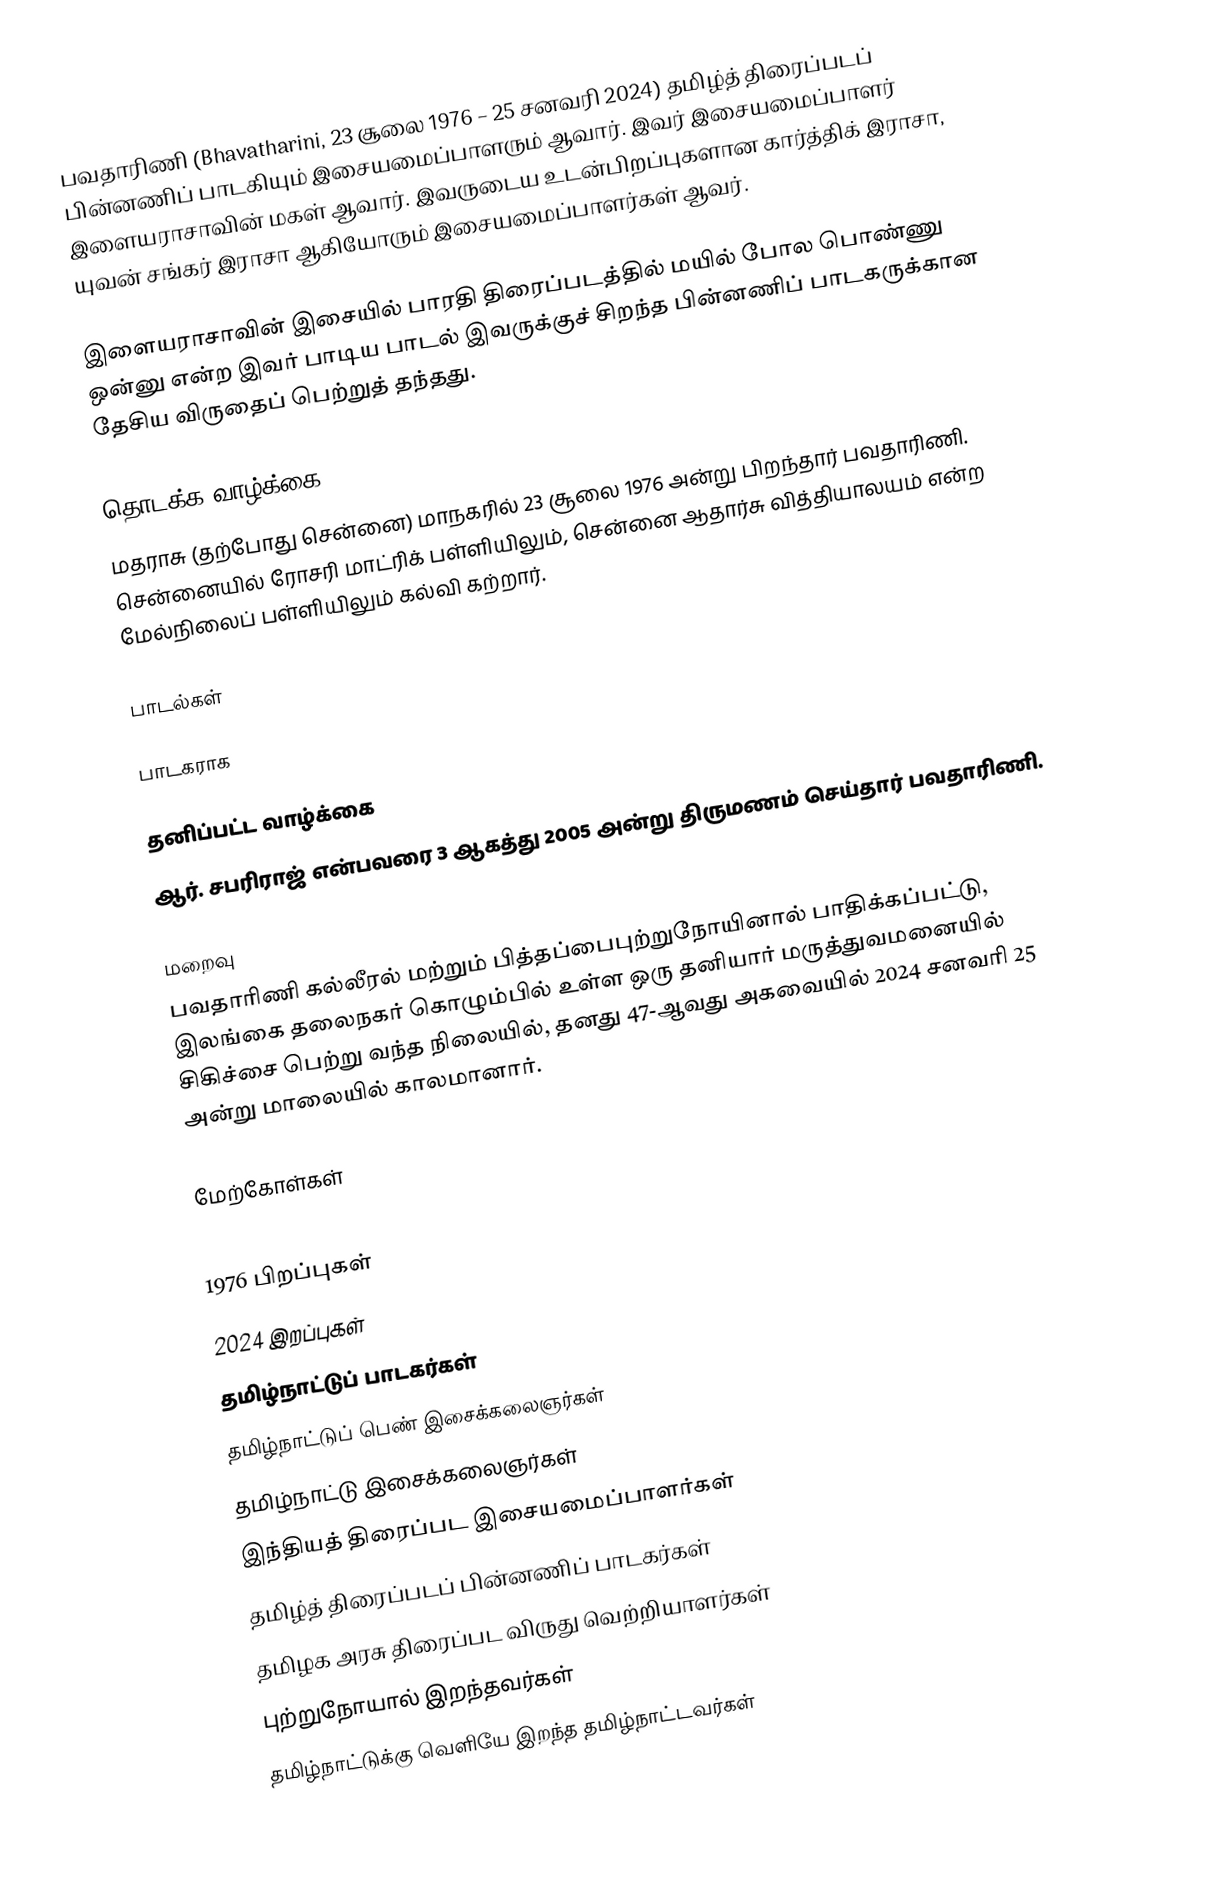
பவதாரிணி (Bhavatharini, 23 சூலை 1976 – 25 சனவரி 2024) தமிழ்த் திரைப்படப் பின்னணிப் பாடகியும் இசையமைப்பாளரும் ஆவார். இவர் இசையமைப்பாளர் இளையராசாவின் மகள் ஆவார். இவருடைய உடன்பிறப்புகளான கார்த்திக் இராசா, யுவன் சங்கர் இராசா ஆகியோரும் இசையமைப்பாளர்கள் ஆவர்.

இளையராசாவின் இசையில் பாரதி திரைப்படத்தில் மயில் போல பொண்ணு ஒன்னு என்ற இவர் பாடிய பாடல் இவருக்குச் சிறந்த பின்னணிப் பாடகருக்கான தேசிய விருதைப் பெற்றுத் தந்தது.

தொடக்க வாழ்க்கை
மதராசு (தற்போது சென்னை) மாநகரில் 23 சூலை 1976 அன்று பிறந்தார் பவதாரிணி. சென்னையில் ரோசரி மாட்ரிக் பள்ளியிலும், சென்னை ஆதார்சு வித்தியாலயம் என்ற மேல்நிலைப் பள்ளியிலும் கல்வி கற்றார்.

பாடல்கள்

பாடகராக

தனிப்பட்ட வாழ்க்கை
ஆர். சபரிராஜ் என்பவரை 3 ஆகத்து 2005 அன்று திருமணம் செய்தார் பவதாரிணி.

மறைவு
பவதாரிணி கல்லீரல் மற்றும் பித்தப்பைபுற்றுநோயினால் பாதிக்கப்பட்டு, இலங்கை தலைநகர் கொழும்பில் உள்ள ஒரு தனியார் மருத்துவமனையில் சிகிச்சை பெற்று வந்த நிலையில், தனது 47-ஆவது அகவையில் 2024 சனவரி 25 அன்று மாலையில்  காலமானார்.

மேற்கோள்கள்

1976 பிறப்புகள்
2024 இறப்புகள்
தமிழ்நாட்டுப் பாடகர்கள்
தமிழ்நாட்டுப் பெண் இசைக்கலைஞர்கள்
தமிழ்நாட்டு இசைக்கலைஞர்கள்
இந்தியத் திரைப்பட இசையமைப்பாளர்கள்
தமிழ்த் திரைப்படப் பின்னணிப் பாடகர்கள்
தமிழக அரசு திரைப்பட விருது வெற்றியாளர்கள்
புற்றுநோயால் இறந்தவர்கள்
தமிழ்நாட்டுக்கு வெளியே இறந்த தமிழ்நாட்டவர்கள்